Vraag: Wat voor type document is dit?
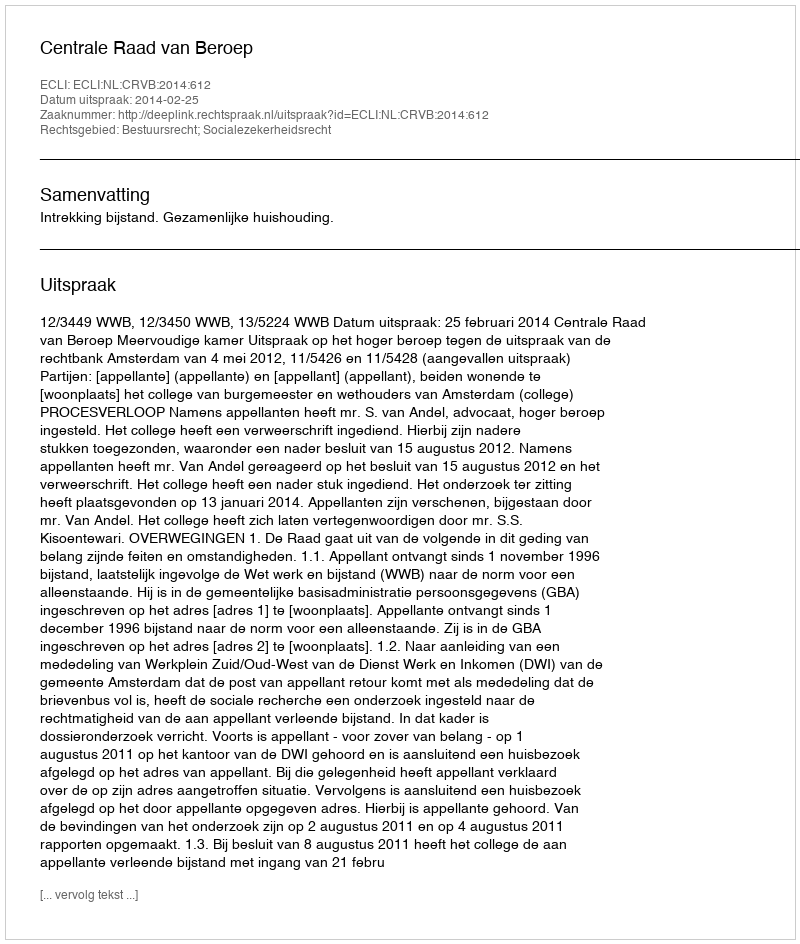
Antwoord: Uitspraak